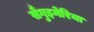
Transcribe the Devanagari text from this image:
सैंगुइनेरिया